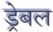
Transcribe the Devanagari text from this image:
ड्रेबल